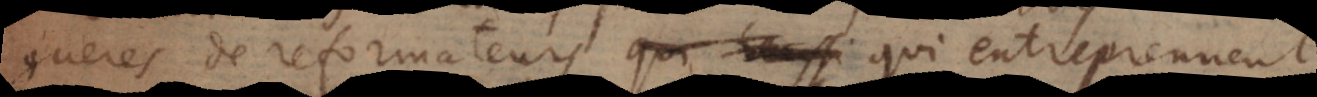
gueres de reformateurs qui reussi entreprennent